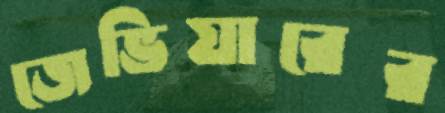
জেভিয়ারের